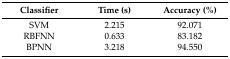
<table><thead><tr><td><b>Classifier</b></td><td><b>Time (s)</b></td><td><b>Accuracy (%)</b></td></tr></thead><tbody><tr><td>SVM</td><td>2.215</td><td>92.071</td></tr><tr><td>RBFNN</td><td>0.633</td><td>83.182</td></tr><tr><td>BPNN</td><td>3.218</td><td>94.550</td></tr></tbody></table>